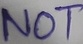
Text: NOT